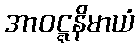
အာဝဋ္ဋနိမာယံ